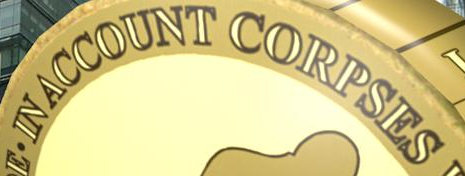
IN ACCOUNT CORPSES